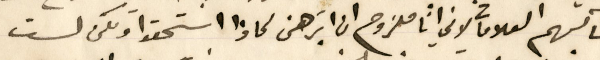
مناكبهم العلامات لاني انا ملزوم ان ابَرهن لماذا استحقوا ولكن لست